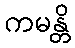
ကမန္တိ